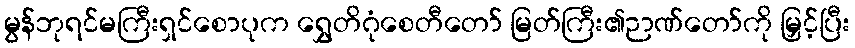
မွန်ဘုရင်မကြီးရှင်စောပုက ရွှေတိဂုံစေတီတော် မြတ်ကြီး၏ဉာဏ်တော်ကို မြှင့်ပြီး